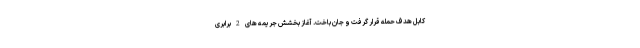
کابل هدف حمله قرار گرفت و جان باخت. آغاز بخشش جریمه های 2 برابری